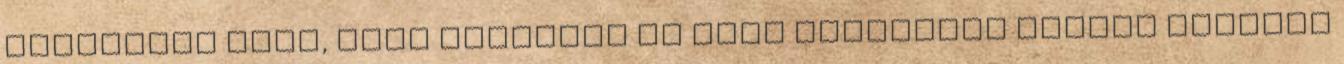
pontosabb volt, mint előzőleg és több találatuk súlyos károkat